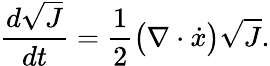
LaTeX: \frac{d\sqrt{J}}{dt}=\frac{1}{2}\big(\nabla\cdot\dot{x}\big)\sqrt{J}.